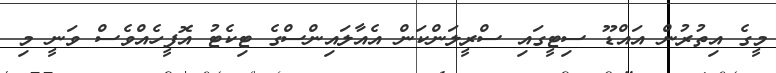
މީގެ އިތުރުން އައްޑޫ ސިޓީގައި ސްރީލަންކަން އެއާލައިންސްގެ ޓިކެޓު އޮފީހެއްވެސް ވަނީ މި